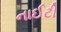
નાઈટી